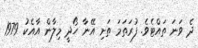
ދެ ވަނަ ތައްޓެވެ. ފުރަތަމަ ތަށި އޭނާ ހޯދީ މިލާން އާއެކު 1979